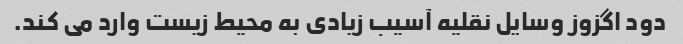
دود اگزوز وسایل نقلیه آسیب زیادی به محیط زیست وارد می کند.